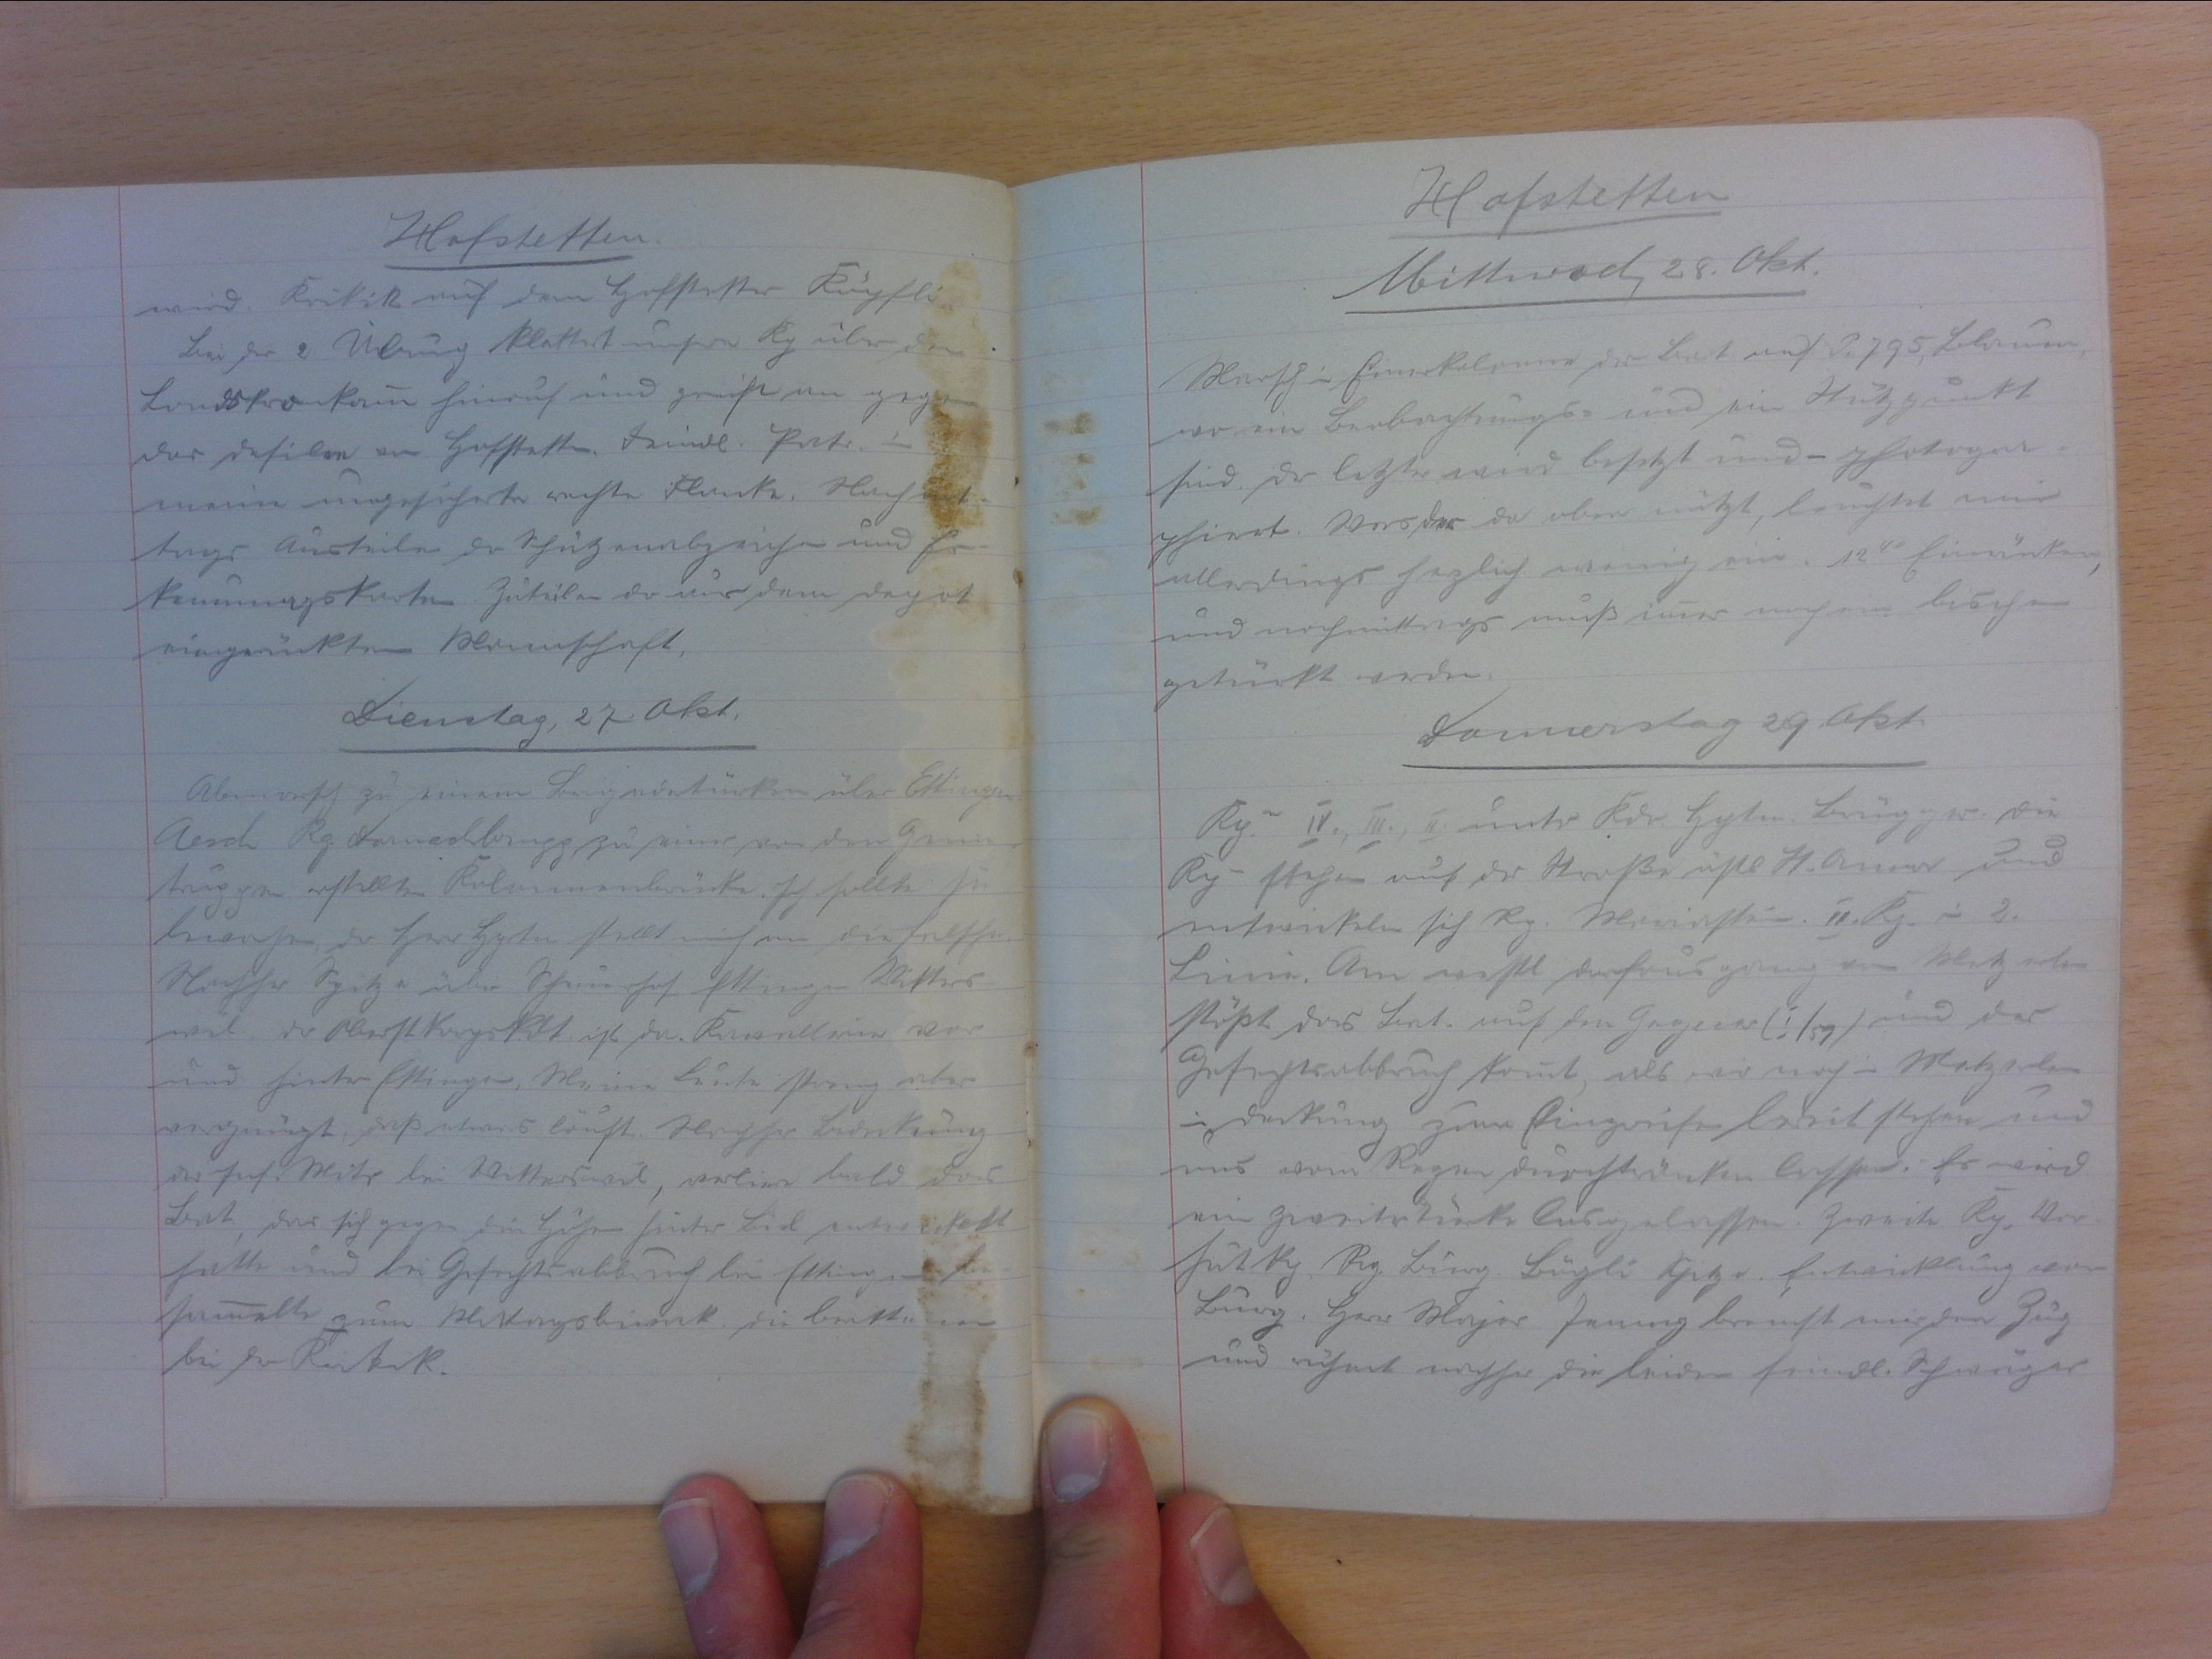
Hofstetten
wird. Kritik auf dem Hofstetter Köpfli.
Bei der 2. Übung klettert unsere Kp über den .
Landskronkamm hinauf und greift an gegen
das defilen in Hofstetten. Feindl. Patr. in
meine ungeführte rechte Flanke. Nachmit-
tags Austeilen der Schügenabzeichen und Er-
kennungskarten. Zuteilen der aus dem Depot
eingerückten Mannschaft.
Dienstag, 27. Okt.
Abmarsch zu einem Brigadetürken über Ettingen
Aesch Rg Bornachbrugg zu einer von den Genie-
truppen erstellten Kolonnenbrücke. Ich sollte sie
bewachen, der Herr Hptm stellt mich an die falsche.
Nachher Spitze über Schlatthof Ettingen Witters-
wil. Der Oberstkorpskdt ist da. Kavallerie vor
und hinter Ettingen. Meine Leute streng aber
vergnügt, dass etwas läuft. Nachher Bedeckung
der Inf. Mitr. bei Witterwil, verliere bald das
Bat, das sich gegen die Höhen hinter Biel entwickelt
hatte und bei Gefechtsabbruch bei Ettingen be-
sammelte zum Mittagsbiwak. Die Beattunum
bei der Kritik.

Hofstetten
Mittwoch, 26. Okt.
Marsch in Einerkolonne des Bat auf P. 795, Blauen
wo ein Beobachtungs- und ein Nutzpunkt
sind. Der letzte wird besetzt und photogra-
phiert. Was das da oben nützt, leuchtet mir
allerdings herzlich wenig ein. 1240 Einrücken,
und nachmitags muss immer noch ein bischen
getürkt werden.
Donnerstag, 29. Okt.
Kp. IV., III. & II. unter Kdo. Hptm Brügger. Die
Kp. stehen auf der Strasse östl. St. Anna und
entwickeln sich Rg. Mariastein. II. Kp. in 2.
Linie. Am westl. Dorfausgang von Metzerlen
stösst das Bat. auf die Gegner (I/59) und der
Gefechtsabbruch kommt, als wir noch in Metzerlen.
in Deckung zum Eingreifen bereit stehen und
und uns vom Regen durchtränken lassen. Es wird
ein zweiter Türke logelassen. Zweite Kp. Vor-
hut Kp. Rg. Burg. Bögli Spitze. Entwicklung vor
Burg. Herr Major Jenny bremst mir den Zug
und rechnet nachher die beiden feindl. Schweizer